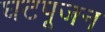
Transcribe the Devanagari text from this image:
घटपूजन